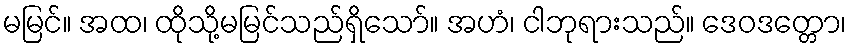
မမြင်။ အထ၊ ထိုသို့မမြင်သည်ရှိသော်။ အဟံ၊ ငါဘုရားသည်။ ဒေဝဒတ္တော၊